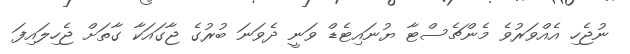
ނުޖެހި އެއްވަރުވެ މެންޗެސްޓާ ޔުނައިޓެޑް ވަނީ ދެވަނަ ބުރުގެ ޖާގައަކާ ގާތަށް ޖެހިލައިފަ